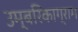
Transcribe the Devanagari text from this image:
उम्बरिकाग्राम